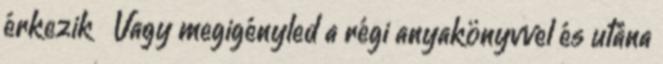
érkezik 🙂 Vagy megigényled a régi anyakönyvvel és utána